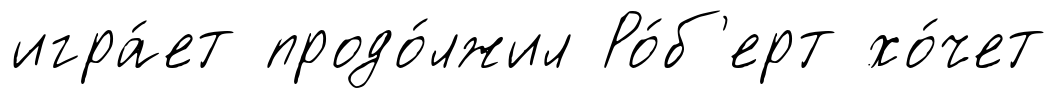
игра́ет продо́лжил Ро́б'ерт хо́чет